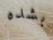
بشده